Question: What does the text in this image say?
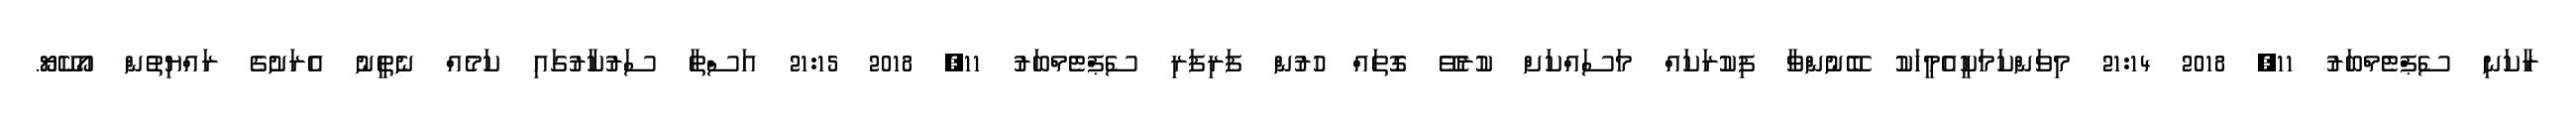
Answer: ރާކަނި ސެޕްޓެމްބަރު 11, 2018 21:14 މިވަންކަމަކީއެމީހަކު ބޭނުންވާ ފިކުރަކައް މަސައްކަށް ކުރެވޭ ގޮތައް ހުރުން ފަރިފަރި ސެޕްޓެމްބަރު 11, 2018 21:15 އަސްތާ ސަރުކާރުގައި ކަމެއް ނެތީނު އެރަށުގެ ރައްޔިތުން އޯކޭޔޯ.